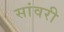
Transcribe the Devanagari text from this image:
सांवरी